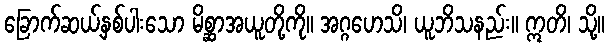
ခြောက်ဆယ့်နှစ်ပါးသော မိစ္ဆာအယူတို့ကို။ အဂ္ဂဟေသိ၊ ယူဘိသနည်း။ ဣတိ၊ သို့။